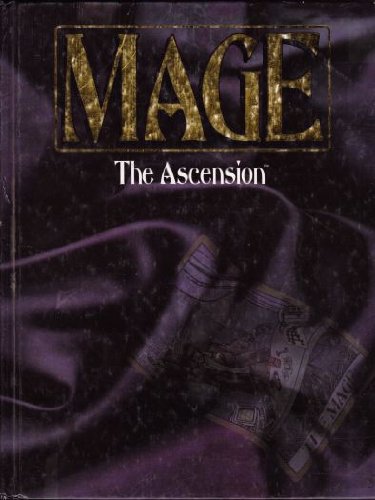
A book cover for Mage: The Ascension,  2nd Edition; Kevin Murphy; Science Fiction & Fantasy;